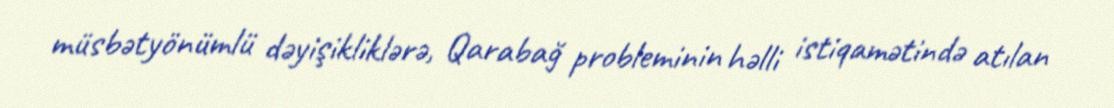
müsbətyönümlü dəyişikliklərə, Qarabağ probleminin həlli istiqamətində atılan